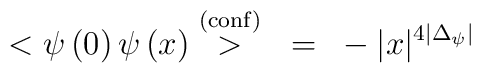
<\psi\left( 0 \right)\psi\left( x \right) \stackrel{\rm\left( conf\right)}{>}~=~-|x|^{4|\Delta_{\psi}|}